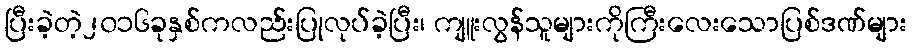
ပြီးခဲ့တဲ့၂၀၁၆ခုနှစ်ကလည်းပြုလုပ်ခဲ့ပြီး၊ ကျူးလွန်သူများကိုကြီးလေးသောပြစ်ဒဏ်များ